Vaccination report Assam 1896-1927 - 1896-1927
Year: 1896
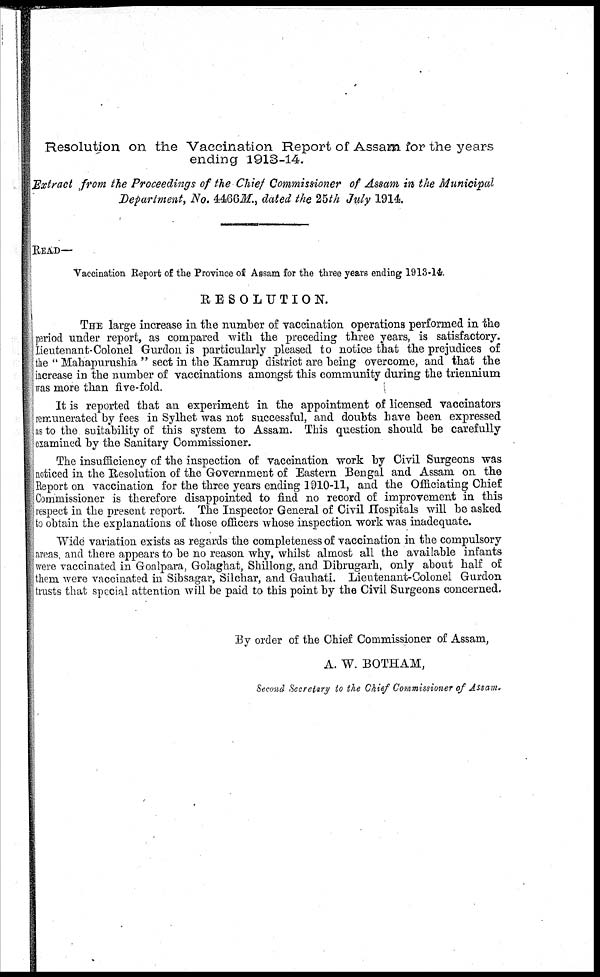
Resolution on the Vaccination Report of Assam for the years
ending 1913-14.
Extract from the Proceedings of the Chief Commissioner of Assam in the Municipal
Department, No. 4466M., dated the 25th July 1914.
READ—
Vaccination Report of the Province of Assam for the three years ending 1913-14.
RESOLUTION.
THE large increase in the number of vaccination operations performed in the
period under report, as compared with the preceding three years, is satisfactory.
Lieutenant-Colonel Gurdon is particularly pleased to notice that the prejudices of
the " Mahapurushia " sect in the Kamrup district are being overcome, and that the
increase in the number of vaccinations amongst this community during the triennium
was more than five-fold.
It is reported that an experiment in the appointment of licensed vaccinators
remunerated by fees in Sylhet was not successful, and doubts have been expressed
as to the suitability of this system to Assam. This question should be carefully
examined by the Sanitary Commissioner.
The insufficiency of the inspection of vaccination work by Civil Surgeons was
noticed in the Resolution of the Government of Eastern Bengal and Assam on the
Report on vaccination for the three years ending 1910-11, and the Officiating Chief
Commissioner is therefore disappointed to find no record of improvement in this
respect in the present report. The Inspector General of Civil Hospitals will be asked
to obtain the explanations of those officers whose inspection work was inadequate.
Wide variation exists as regards the completeness of vaccination in the compulsory
areas and there appears to be no reason why, whilst almost all the available infants
were vaccinated in Goalpara, Golaghat, Shillong, and Dibrugarh, only about half of
them were vaccinated in Sibsagar, Silchar, and Gauhati. Lieutenant-Colonel Gurdon
trusts that special attention will be paid to this point by the Civil Surgeons concerned.
By order of the Chief Commissioner of Assam,
A. W. BOTHAM,
Second Secretary to the Chief Commissioner of Assam.